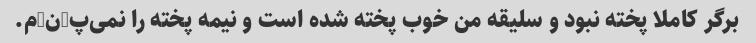
برگر کاملا پخته نبود و سلیقه من خوب پخته شده است و نیمه پخته را نمی‌پ-ن-م.